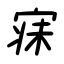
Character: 寐